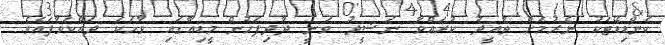
ކެންޑިޑޭޓަކު ނެރުމަށް ތާއީދު ކުރައްވާ ނަޝީދު ވަނީ ދާދިފަހުން މީޑިއާގައި ވާހަކަ ދައްކަވާފައެވެ.